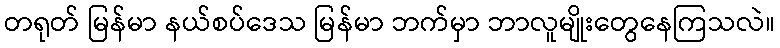
တရုတ် မြန်မာ နယ်စပ်ဒေသ မြန်မာ ဘက်မှာ ဘာလူမျိုးတွေနေကြသလဲ။